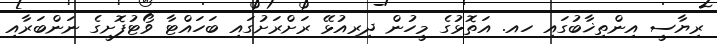
ރިޔާސީ އިންތިޚާބުގައި ހއ. އަތޮޅުގެ މީހުން ދިރިއުޅޭ ރަށްރަށުގައި ބަހައްޓާ ވޯޓުފޮށީގެ ނަންބަރާއި